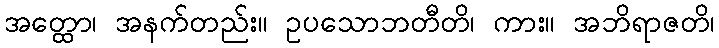
အတ္ထော၊ အနက်တည်း။ ဥပသောဘတီတိ၊ ကား။ အဘိရာဇတိ၊